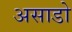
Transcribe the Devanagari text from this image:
असाडो